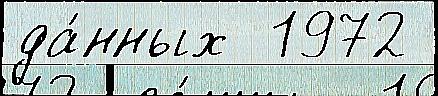
да́нных  1972